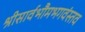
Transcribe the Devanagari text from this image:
श्रीसार्वभौमभगवंस्तव